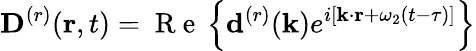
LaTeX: {{\mathbf D}^{(r)}}({\mathbf r},t)=\mathrm{~R~e~}\left\{ {{\mathbf d}^{(r)}}({\mathbf k})e^{i\left[{\mathbf k}\cdot{\mathbf r}+\omega_{2}(t-\tau)\right]}\right\}